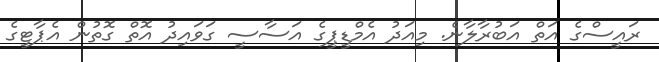
ރައީސްގެ އަތް އަބުރާލާނެ. މިއަދު އެމްޑީޕީގެ އަސާސީ ގަވައިދު އޮތް ގޮތުން އެޕާޓީގެ